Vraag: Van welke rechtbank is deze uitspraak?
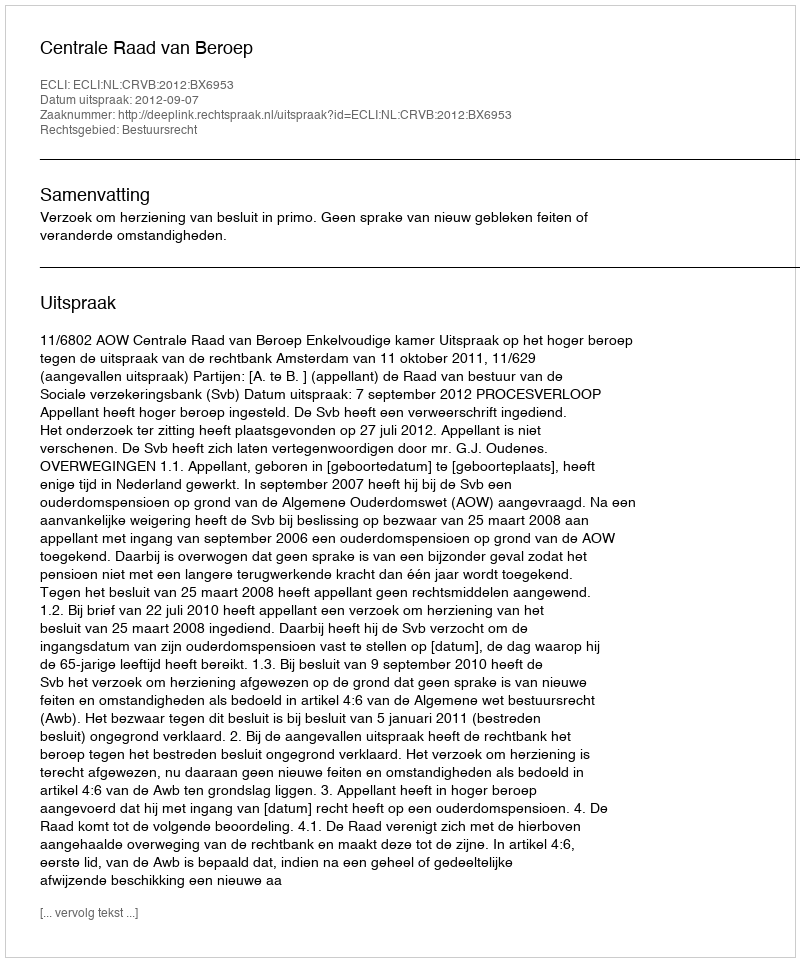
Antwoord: Centrale Raad van Beroep